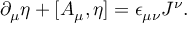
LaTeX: \partial _ { \mu } \eta + [ A _ { \mu } , \eta ] = \epsilon _ { \mu \nu } J ^ { \nu } .